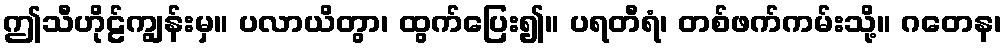
ဤသီဟိုဠ်ကျွန်းမှ။ ပလာယိတွာ၊ ထွက်ပြေး၍။ ပရတီရံ၊ တစ်ဖက်ကမ်းသို့။ ဂတေန၊